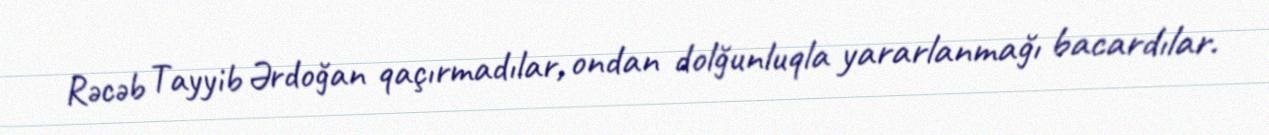
Rəcəb Tayyib Ərdoğan qaçırmadılar, ondan dolğunluqla yararlanmağı bacardılar.